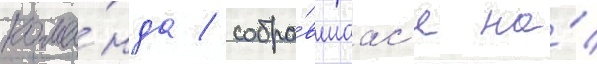
кома́нда / собра́вшаас'я на́